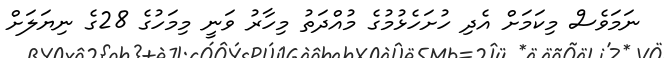
ނަމަވެސް މިކަމަށް އެދި ހުށަހެޅުމުގެ މުއްދަތު މިހާރު ވަނީ މިމަހުގެ 28ގެ ނިޔަލަށް